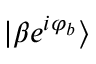
| \beta e ^ { i \varphi _ { b } } \rangle